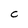
Character: C